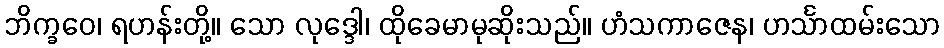
ဘိက္ခဝေ၊ ရဟန်းတို့။ သော လုဒ္ဒေါ၊ ထိုခေမာမုဆိုးသည်။ ဟံသကာဇေန၊ ဟင်္သာထမ်းသော